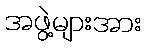
အဖွဲ့များအား